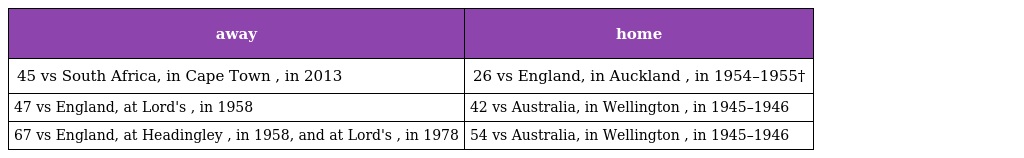
| away | home |
 | --- | --- |
 | 45 vs South Africa, in Cape Town , in 2013 | 26 vs England, in Auckland , in 1954–1955† |
 | 47 vs England, at Lord's , in 1958 | 42 vs Australia, in Wellington , in 1945–1946 |
 | 67 vs England, at Headingley , in 1958, and at Lord's , in 1978 | 54 vs Australia, in Wellington , in 1945–1946 |